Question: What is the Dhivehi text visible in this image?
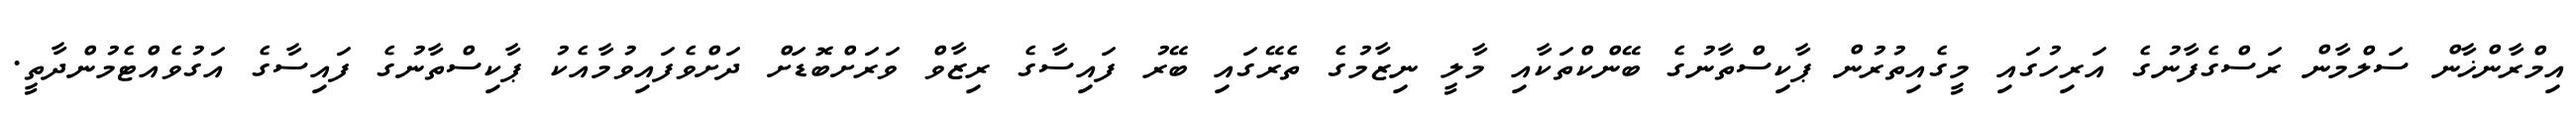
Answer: އިމްރާންޚާން ސަލްމާން ރަސްގެފާނުގެ އަރިހުގައި މީގެއިތުރުން ޕާކިސްތާނުގެ ބޭންކްތަކާއި މާލީ ނިޒާމުގެ ތެރޭގައި ބޭރު ފައިސާގެ ރިޒާވް ވަރަށްބޮޑަށް ދަށްވެފައިވުމާއެކު ޕާކިސްތާނުގެ ފައިސާގެ އަގުވެއްޓެމުންދާތީ.